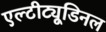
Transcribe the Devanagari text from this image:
एल्‍टीट्यूडिनल